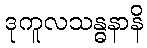
ဒုကူလသန္ဓနာနိ